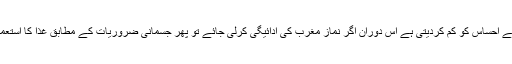
کھجور آپ کی بھوک کے احساس کو کم کردیتی ہے اس دوران اگر نماز مغرب کی ادائیگی کرلی جائے تو پھر جسمانی ضروریات کے مطابق غذا کا استعمال بھی آسان ہوجاتا ہے۔